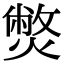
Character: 𤎨